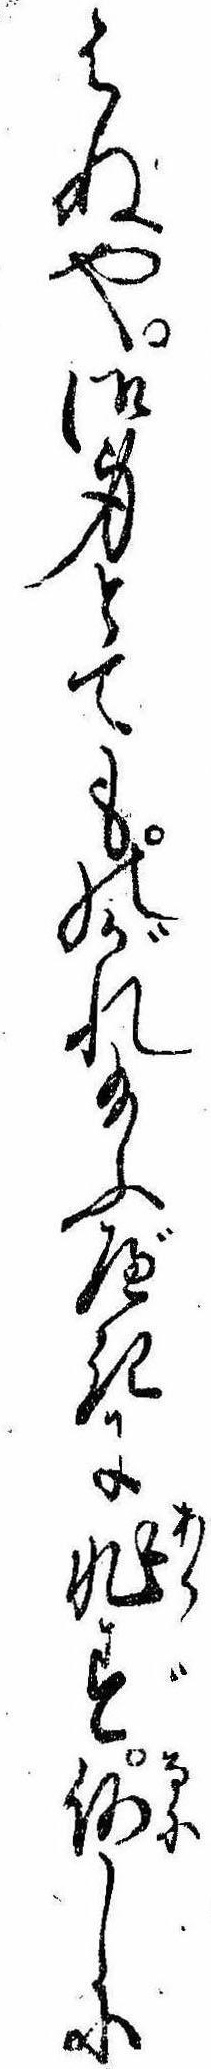
はぬや御身とてものがれ給ふべきに非ず何しに